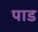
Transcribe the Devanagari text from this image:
पाड